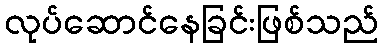
လုပ်ဆောင်နေခြင်းဖြစ်သည်